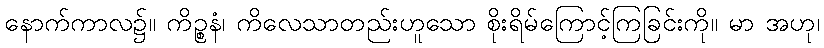
နောက်ကာလ၌။ ကိဉ္စနံ၊ ကိလေသာတည်းဟူသော စိုးရိမ်ကြောင့်ကြခြင်းကို။ မာ အဟု၊